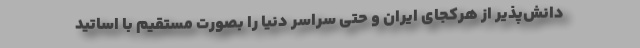
دانش‌پذیر از هرکجای ایران و حتی سراسر دنیا را بصورت مستقیم با اساتید